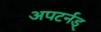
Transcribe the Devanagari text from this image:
अपटर्नड्